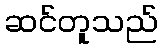
ဆင်တူသည်